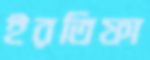
ইরতিফা